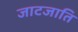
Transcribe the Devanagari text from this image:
जाटजाति